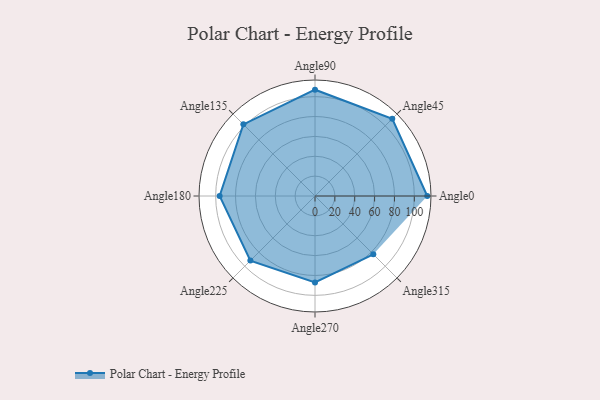
{"axis": {"x": "Angle", "y": "Radius"}, "legend": [""], "data": [{"x": "Angle0", "y": 113.0, "type": ""}, {"x": "Angle45", "y": 110.0, "type": ""}, {"x": "Angle90", "y": 107.0, "type": ""}, {"x": "Angle135", "y": 102.0, "type": ""}, {"x": "Angle180", "y": 96.0, "type": ""}, {"x": "Angle225", "y": 92.0, "type": ""}, {"x": "Angle270", "y": 87.0, "type": ""}, {"x": "Angle315", "y": 83.0, "type": ""}]}